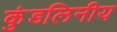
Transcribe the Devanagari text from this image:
कुंडलिनीय